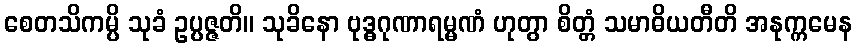
စေတသိကမ္ပိ သုခံ ဥပ္ပဇ္ဇတိ။ သုခိနော ဗုဒ္ဓဂုဏာရမ္မဏံ ဟုတွာ စိတ္တံ သမာဓိယတီတိ အနုက္ကမေန